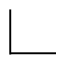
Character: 𠃊